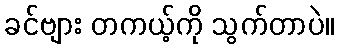
ခင်ဗျား တကယ့်ကို သွက်တာပဲ။